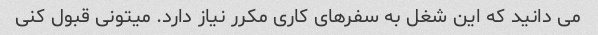
می دانید که این شغل به سفرهای کاری مکرر نیاز دارد. میتونی قبول کنی